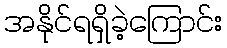
အနိုင်ရရှိခဲ့ကြောင်း